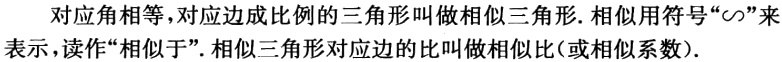
对应角相等，对应边成比例的三角形叫做相似三角形. 相似用符号“$\sim$”来表示，读作“相似于”. 相似三角形对应边的比叫做相似比（或相似系数）.